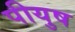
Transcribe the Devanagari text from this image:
पीयुष